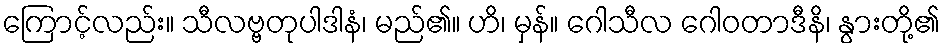
ကြောင့်လည်း။ သီလဗ္ဗတုပါဒါနံ၊ မည်၏။ ဟိ၊ မှန်။ ဂေါသီလ ဂေါဝတာဒီနိ၊ နွားတို့၏